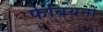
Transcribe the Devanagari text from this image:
फेबियनों